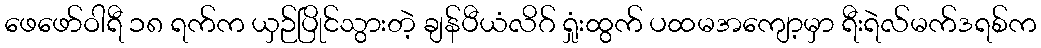
ဖေဖော်ဝါရီ ၁၈ ရက်က ယှဉ်ပြိုင်သွားတဲ့ ချန်ပီယံလိဂ် ရှုံးထွက် ပထမအကျော့မှာ ရီးရဲလ်မက်ဒရစ်က